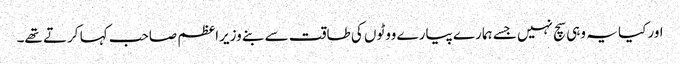
اور کیا یہ وہی سچ نہیں جسے ہمارے پیارے ووٹوں کی طاقت سے بنے وزیراعظم صاحب کہا کرتے تھے۔